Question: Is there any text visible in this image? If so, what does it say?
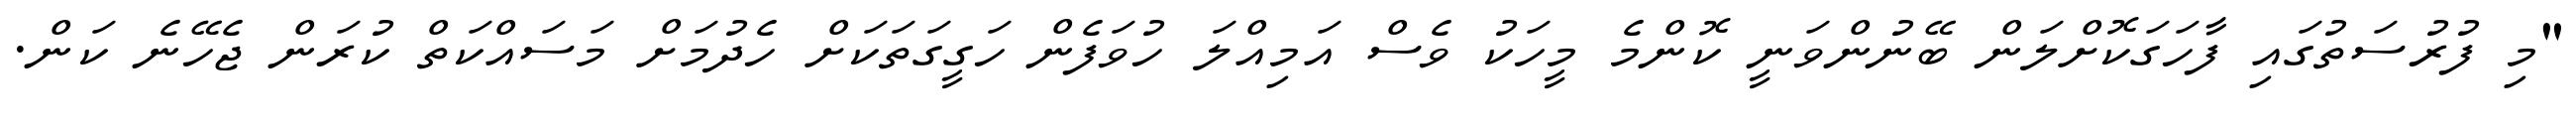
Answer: "މި ފުރުސަތުގައި ފާހަގަކޮށްލަން ބޭނުންވަނީ ކޮންމެ މީހަކު ވެސް އަމިއްލަ ހުވަފެން ހަގީގަތަކަށް ހެދުމަށް މަސައްކަތް ކުރަން ޖެހޭނެ ކަން.